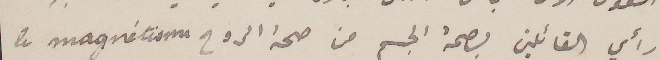
رأي القائلين بصحة الجسم من صحة الروح le magnétisme